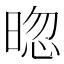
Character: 𣇤